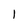
Character: 1